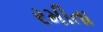
રમીતા